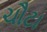
ચૌટા